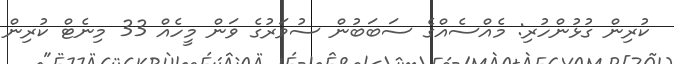
ކުރިން ގުޅުންހުރި: މެއްސެއްގެ ސަބަބުން ސުވަރުގެ ވަން މީހެއް 33 މިނެޓް ކުރިން